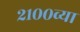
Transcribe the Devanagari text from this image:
२१००व्या